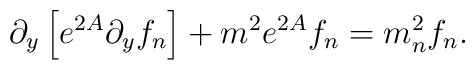
\partial_y\left[e^{2A}\partial_yf_n\right]+m^2e^{2A}f_n=m^2_nf_n.